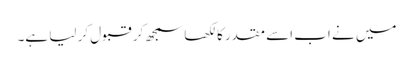
میں نے اب اسے مقدر کا لکھا سمجھ کر قبول کر لیا ہے۔